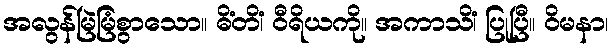
အလွန်မြဲမြံစွာသော။ ဓိံတိံ၊ ဝီရိယကို။ အကာသိံ၊ ပြုပြီ။ ဝိမနာ၊